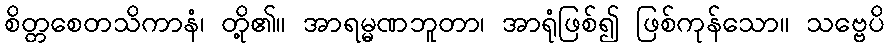
စိတ္တစေတသိကာနံ၊ တို့၏။ အာရမ္မဏဘူတာ၊ အာရုံဖြစ်၍ ဖြစ်ကုန်သော။ သဗ္ဗေပိ